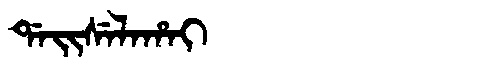
Manchu: ᡩᠠᡳᠰᡝᠯᠠᡥᠠᡳ
Romanization: DAISELAHAI